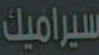
سيراميك